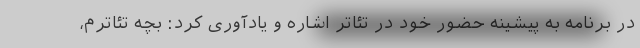
در برنامه به پیشینه حضور خود در تئاتر اشاره و یادآوری کرد: بچه تئاترم،